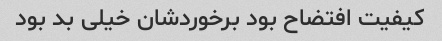
کیفیت افتضاح بود برخوردشان خیلی بد بود